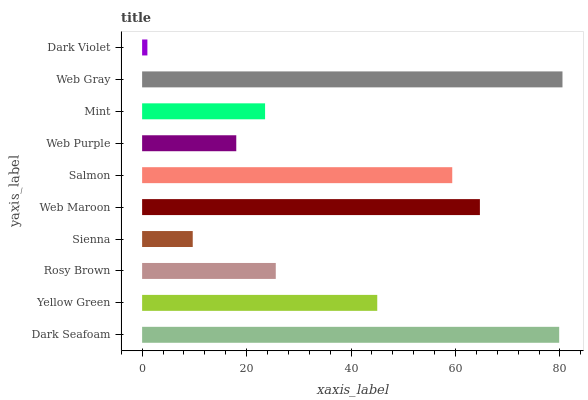
| yaxis_label | bars |
 | --- | --- |
 | Dark Seafoam | 79.9 |
 | Yellow Green | 45 |
 | Rosy Brown | 25.6 |
 | Sienna | 9.69 |
 | Web Maroon | 64.7 |
 | Salmon | 59.4 |
 | Web Purple | 18 |
 | Mint | 23.5 |
 | Web Gray | 80.5 |
 | Dark Violet | 1.01 |